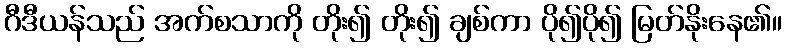
ဂီဒီယန်သည် အက်စသာကို တိုး၍ တိုး၍ ချစ်ကာ ပို၍ပို၍ မြတ်နိုးနေ၏။